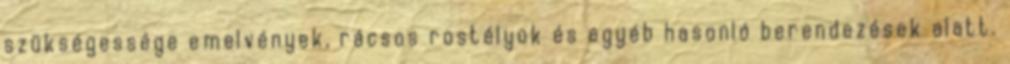
szükségessége emelvények, rácsos rostélyok és egyéb hasonló berendezések alatt.